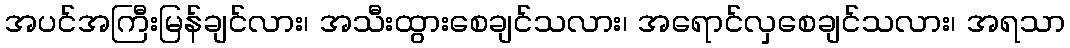
အပင်အကြီးမြန်ချင်လား၊ အသီးထွားစေချင်သလား၊ အရောင်လှစေချင်သလား၊ အရသာ